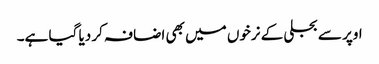
اوپر سے بجلی کے نرخوں میں بھی اضافہ کر دیا گیا ہے۔